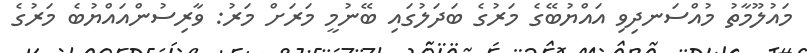
މައުލޫމާތު މުއްސަނދިވި އައްޔުބޭގެ މަރުގެ ބަދަލުގައި ބޭނުމީ މަރަށް މަރު: ވާރިސުންއައްޔުބެ މަރުގެ